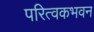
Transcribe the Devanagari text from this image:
परित्वकभवन